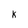
Character: x